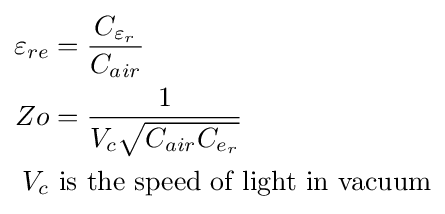
{\begin{aligned}\varepsilon _{re}&={\frac {C_{\varepsilon _{r}}}{C_{air}}}\\Zo&={\frac {1}{V_{c}{\sqrt {C_{air}C_{e_{r}}}}}}\\V_{c}&{\text{ is the speed of light in vacuum}}\end{aligned}}